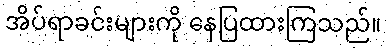
အိပ်ရာခင်းများကို နေပြထားကြသည်။